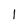
Character: 1